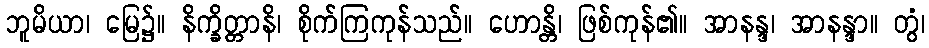
ဘူမိယာ၊ မြေ၌။ နိက္ခိတ္တာနိ၊ စိုက်ကြကုန်သည်။ ဟောန္တိ၊ ဖြစ်ကုန်၏။ အာနန္ဒ၊ အာနန္ဒာ။ တွံ၊